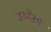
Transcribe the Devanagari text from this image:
उध्देश्य